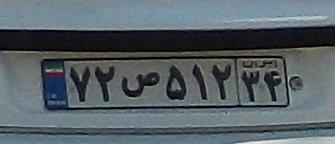
۷۲ص۵۱۲۳۴